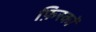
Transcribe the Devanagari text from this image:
फ़िरकों